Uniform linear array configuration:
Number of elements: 8
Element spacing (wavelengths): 0.25
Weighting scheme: blackman
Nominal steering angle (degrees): -15
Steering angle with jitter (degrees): -14.069
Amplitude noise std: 0.05
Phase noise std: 0.05

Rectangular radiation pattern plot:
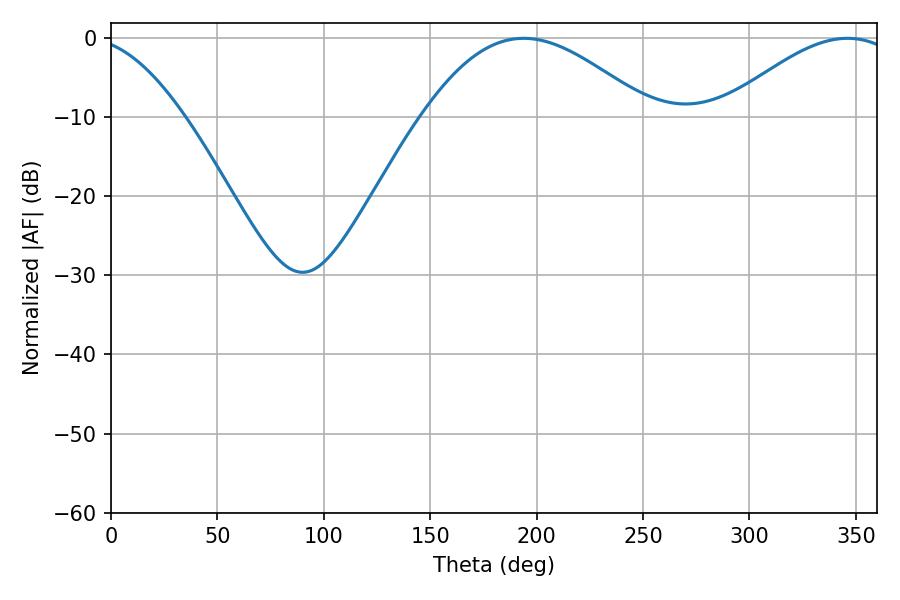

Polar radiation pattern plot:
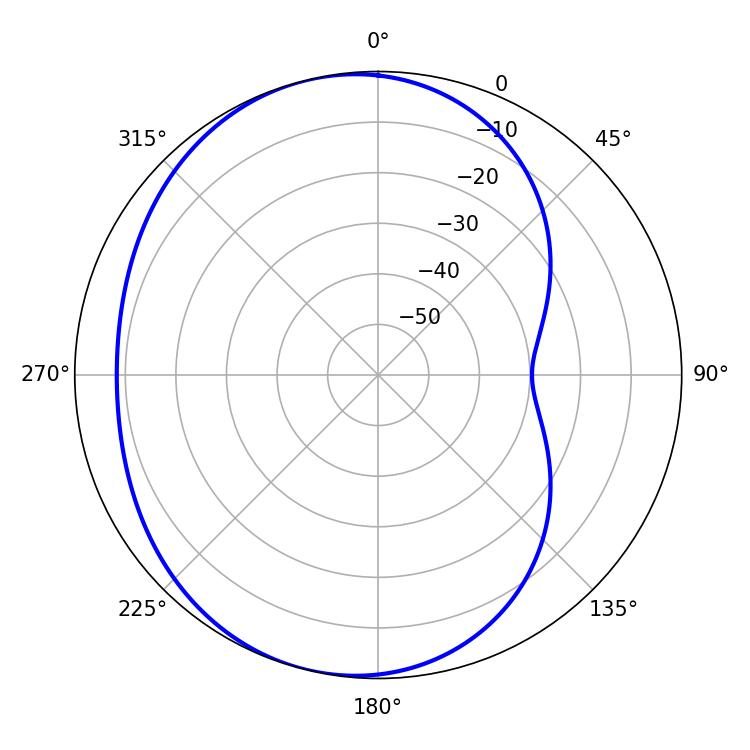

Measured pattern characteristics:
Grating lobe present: FALSE
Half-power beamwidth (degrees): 57.78
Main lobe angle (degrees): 193.86